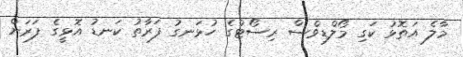
މާލެ އަތޮޅު ކަގި މޯލްޑިވްސް ރިސޯޓްގެ ހުޅަނގު ފަރާތު ކަނޑު އޮޅީގެ ފަރަށް